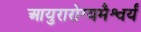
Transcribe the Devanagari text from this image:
आयुरारोग्यमैश्वर्यं